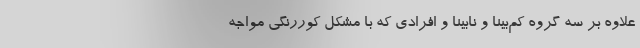
علاوه بر سه گروه کم‌بینا و نابینا و افرادی که با مشکل کوررنگی مواجه